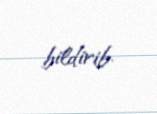
bildirib.